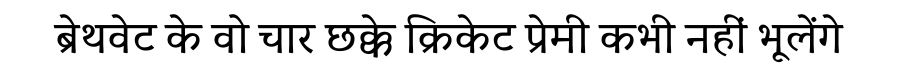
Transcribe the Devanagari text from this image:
ब्रेथवेट के वो चार छक्के क्रिकेट प्रेमी कभी नहीं भूलेंगे